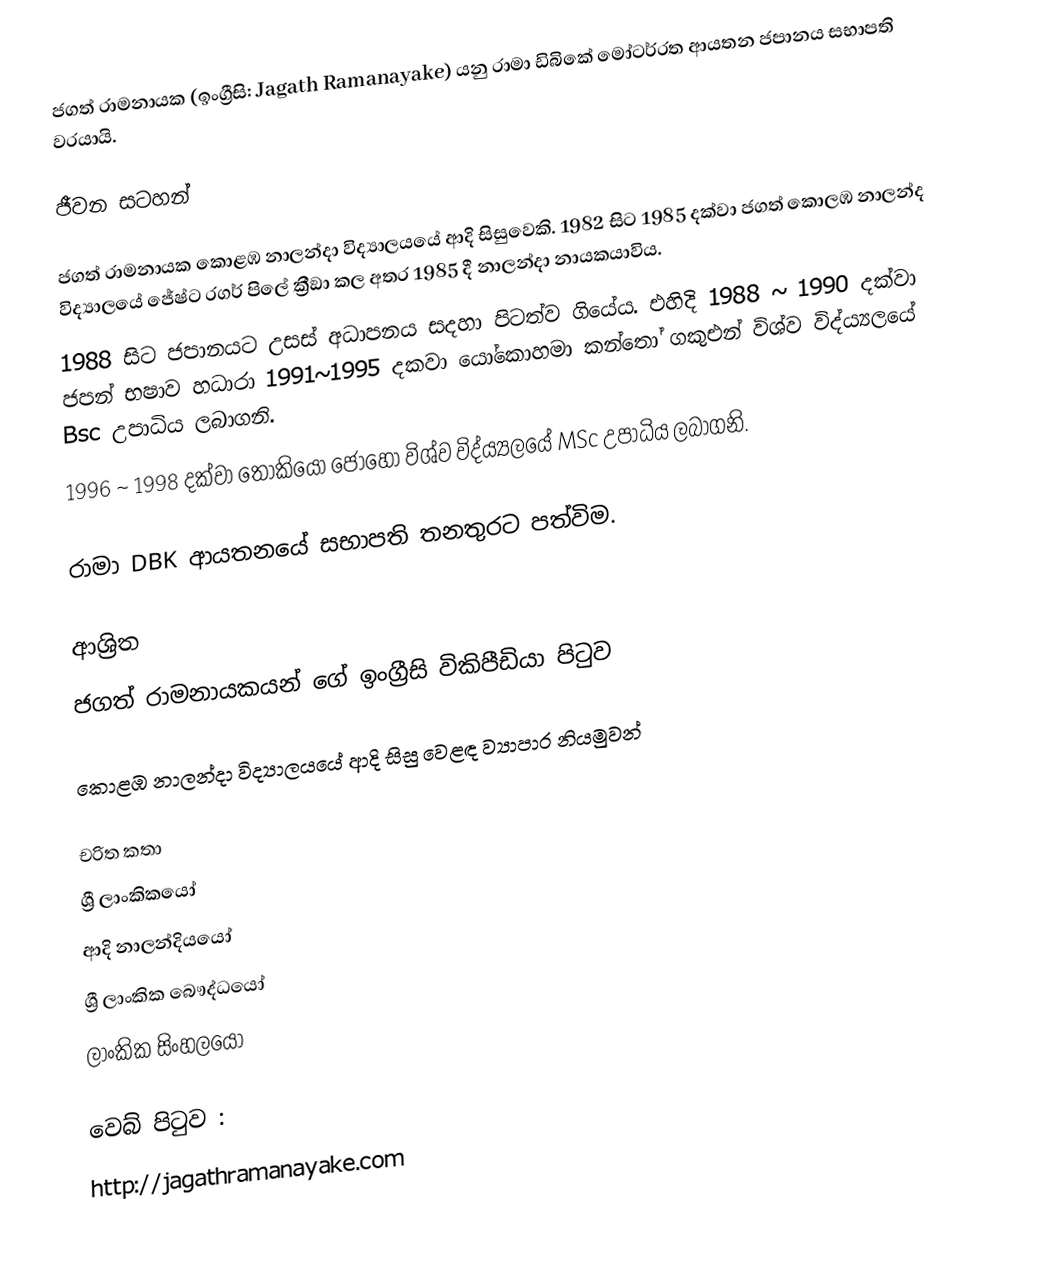
ජගත් රාමනායක (ඉංග්‍රීසි: Jagath Ramanayake) යනු  රාමා ඩිබිකේ මෝටර්රත ආයතන ජපානය සභාපති වරයායි.

ජීවන සටහන්

ජගත් රාමනායක  කොළඹ නාලන්දා විද්‍යාලයයේ ආදි සිසුවෙකි.  1982 සිට 1985 දක්වා ජගත් කොලඹ නාලන්ද  විද්‍යාලයේ  ජේෂ්ට රගර් පිලේ ක්‍රීඞා කල අතර 1985 දී නාලන්දා නායකයාවිය.
1988 සිට ජපානයට උසස් අධාපනය සදහා පිටත්ව ගියේය. එහිදි 1988 ~ 1990 දක්වා ජපන් භෂාව හධාරා 1991~1995 දකවා යෝකොහමා කන්තෝ ගකුඑන් විශ්ව විද්ය්‍යලයේ Bsc උපාධිය ලබාගනි.
1996 ~ 1998 දක්වා තෝකියෝ ජොහො විශ්ව විද්ය්‍යලයේ MSc උපාධිය ලබාගනි.

රාමා DBK ආයතනයේ සභාපති තනතුරට පත්විම.

ආශ්‍රිත
  ජගත් රාමනායකයන් ගේ ඉංග්‍රීසි විකිපීඩියා පිටුව

 කොළඹ නාලන්දා විද්‍යාලයයේ ආදි සිසු වෙළඳ ව්‍යාපාර නියමුවන්

චරිත කතා
ශ්‍රී ලාංකිකයෝ
ආදි නාලන්දියයෝ
ශ්‍රී ලාංකික බෞද්ධයෝ
ලාංකික සිංහලයෝ

වෙබ් පිටුව :
http://jagathramanayake.com